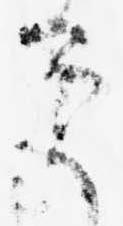
ミ